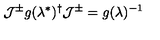
{ \cal J } ^ { \pm } g ( \lambda ^ { \ast } ) ^ { \dag } { \cal J } ^ { \pm } = g ( \lambda ) ^ { - 1 }